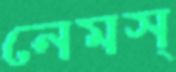
নেমস্